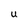
Character: U